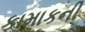
કામાકની